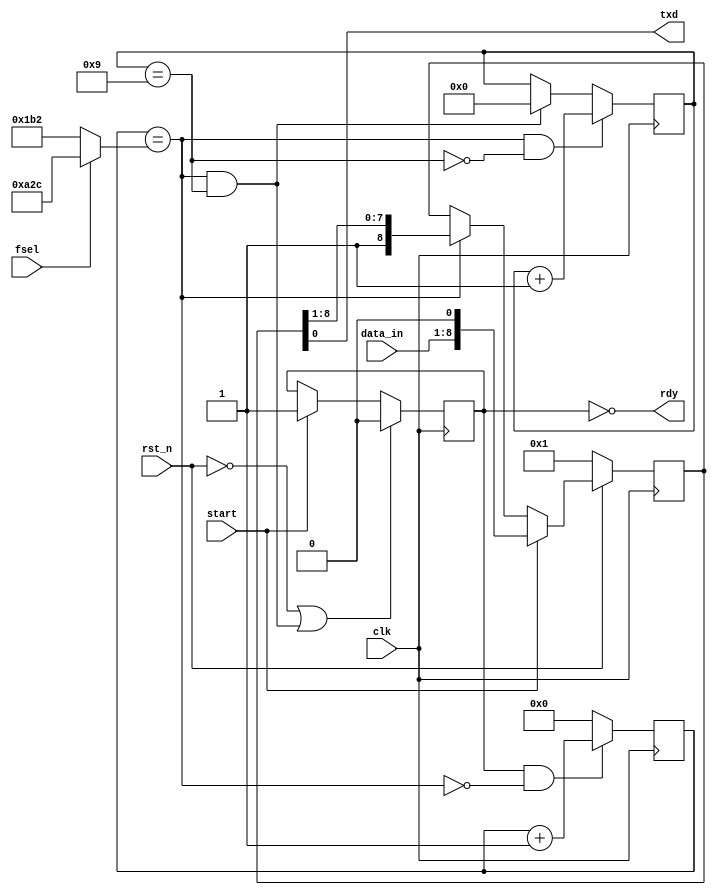
/**
  RS232 transmitter
  115,200 and 19,200 baud, 8 bits
  --
  Architecture: ANY
  --
  Base: Project Oberon, NW 4.5.09 / 15.8.10 / 15.11.10
  --
  Changes by Gray, gray@grayraven.org
  2020-05: Paramterised clock frequency
**/

`timescale 1ns / 1ps
`default_nettype none

module rs232_tx #(parameter clock_freq = 50000000) (
  input wire clk,
  input wire rst_n,
  input wire start,  // request to accept and send a byte
	input wire fsel,   // frequency selection, 0 = fast = default
  input wire [7:0] data_in,
  output wire rdy,
  output wire txd
);

  localparam limitFast = clock_freq / 115200;
  localparam limitSlow = clock_freq / 19200;

  wire endtick, endbit;
  wire [11:0] limit;
  reg run;
  reg [11:0] tick;
  reg [3:0] bitcnt;
  reg [8:0] shreg;

  assign limit = fsel ? limitSlow[11:0] : limitFast[11:0];
  assign endtick = tick == limit;
  assign endbit = (bitcnt == 4'd9);
  assign rdy = ~run;
  assign txd = shreg[0];

  always @ (posedge clk) begin
    run <= (~rst_n | endtick & endbit) ? 1'b0 : start ? 1'b1 : run;
    tick <= (run & ~endtick) ? tick + 1'b1 : 1'b0;
    bitcnt <= (endtick & ~endbit) ? bitcnt + 1'b1 :
      (endtick & endbit) ? 4'b0 : bitcnt;
    shreg <= (~rst_n) ? 1'b1 : start ? {data_in, 1'b0} :
      endtick ? {1'b1, shreg[8:1]} : shreg;
  end
endmodule

`resetall